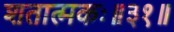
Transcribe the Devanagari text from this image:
शतात्मकः॥३१॥